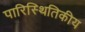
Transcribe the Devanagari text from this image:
पारिस्‍थितिकीय